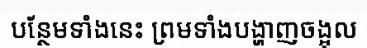
បន្ថែមទាំងនេះ ព្រមទាំងបង្ហាញចង្អុល